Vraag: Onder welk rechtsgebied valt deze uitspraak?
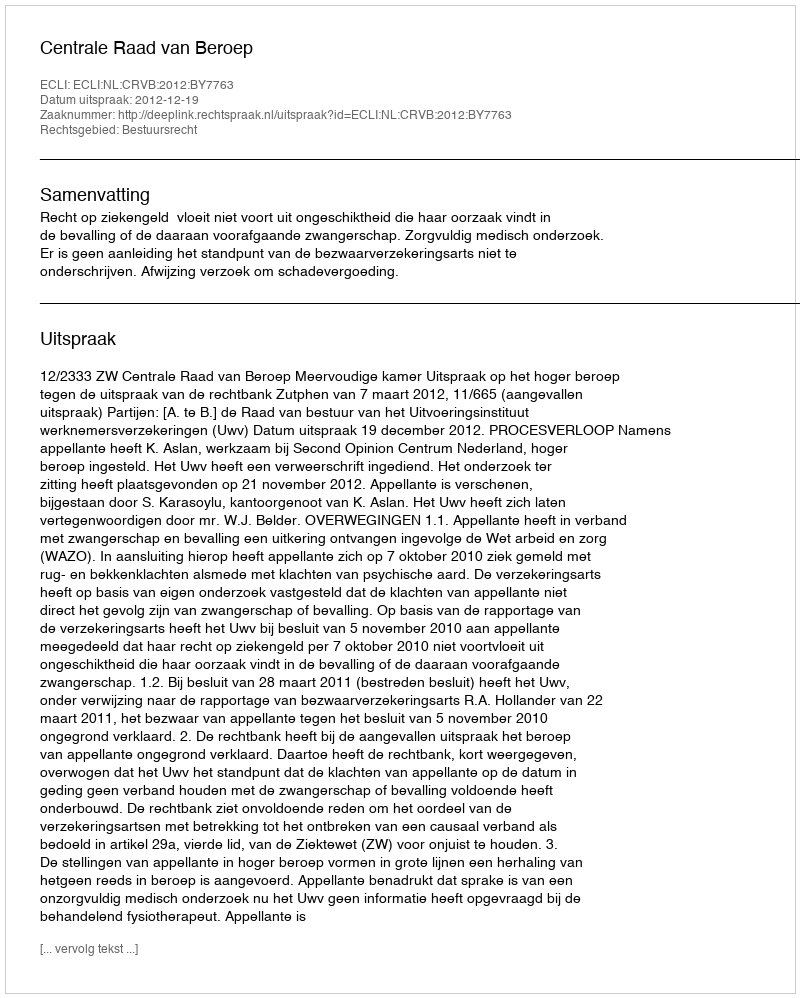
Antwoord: Bestuursrecht